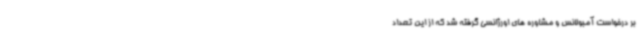
بر درخواست آمبولانس و مشاوره های اورژانسی گرفته شد که از این تعداد